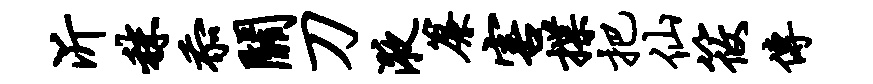
沂秣忝关刀液帘害揲把仙筱传